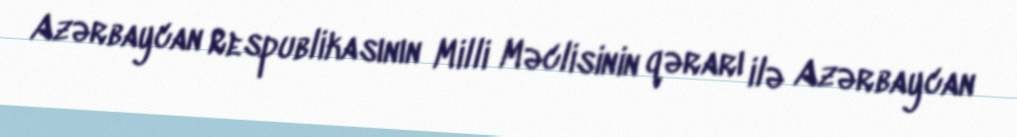
Azərbaycan Respublikasının Milli Məclisinin qərarı ilə Azərbaycan